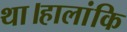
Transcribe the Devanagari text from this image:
था।हालांकि